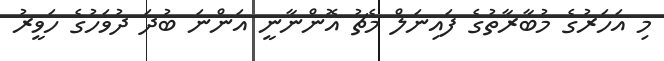
މި އަހަރުގެ މުބާރާތުގެ ފައިނަލް މެޗު އޮންނާނީ އަންނަ ބުދަ ދުވަހުގެ ހަވީރު